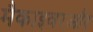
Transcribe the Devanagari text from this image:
मैकाइवरऔर